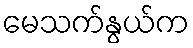
မေသက်နွယ်က